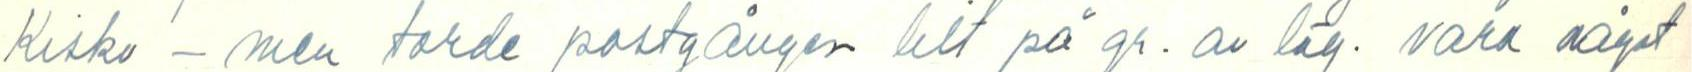
Kisko - men torde postgången helt på gr. av läg. vara något